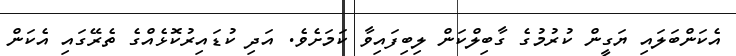
އެކަންބަލައި ޔަގީން ކުރުމުގެ ގާބިލްކަން ލިބިފައިވާ ކަމަށެވެ. އަދި ކުޑައިރުކޮޅެއްގެ ތެރޭގައި އެކަން